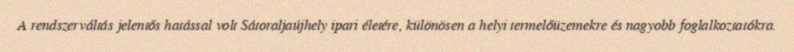
A rendszerváltás jelentős hatással volt Sátoraljaújhely ipari életére, különösen a helyi termelőüzemekre és nagyobb foglalkoztatókra.